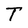
Character: T